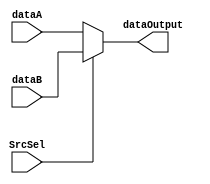
`timescale 1ns / 1ps
//////////////////////////////////////////////////////////////////////////////////
// Company: 
// Engineer: 
// 
// Design Name: 
// Module Name: Data_Sel2_32bits
// Project Name: 
// Target Devices: 
// Tool Versions: 
// Description: 
// 
// Dependencies: 
// 
// Revision:
// Revision 0.01 - File Created
// Additional Comments:
// 
//////////////////////////////////////////////////////////////////////////////////


module Data_Sel2_32bits(dataA, dataB, SrcSel, dataOutput);
    input [31:0] dataA, dataB;
    input SrcSel;
    output [31:0] dataOutput;
    assign dataOutput = (SrcSel == 0 ? dataA : dataB);
endmodule